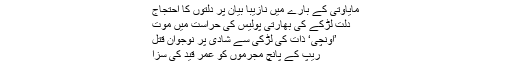
مایاوتی کے بارے میں نازیبا بیان پر دلتوں کا احتجاج
دلت لڑکے کی بھارتی پولیس کی حراست میں موت
’اونچی‘ ذات کی لڑکی سے شادی پر نوجوان قتل
ریپ کے پانچ مجرموں کو عمر قید کی سزا